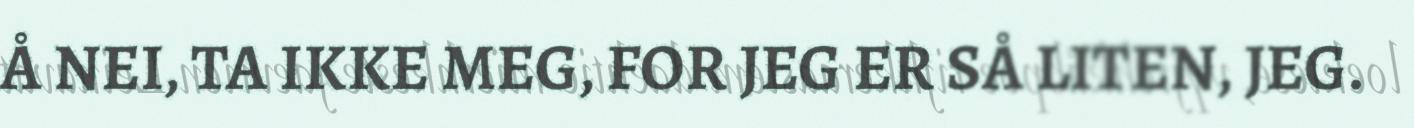
Å NEI, TA IKKE MEG, FOR JEG ER SÅ LITEN, JEG.